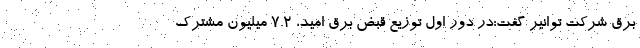
برق شرکت توانیر گفت:در دور اول توزیع قبض برق امید، ۷.۲ میلیون مشترک